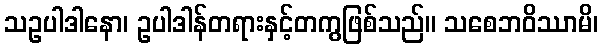
သဥပါဒါနော၊ ဥပါဒါန်တရားနှင့်တကွဖြစ်သည်။ သစေဘဝိဿာမိ၊